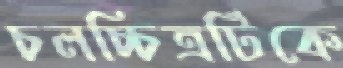
চলচ্চিত্রটিকে